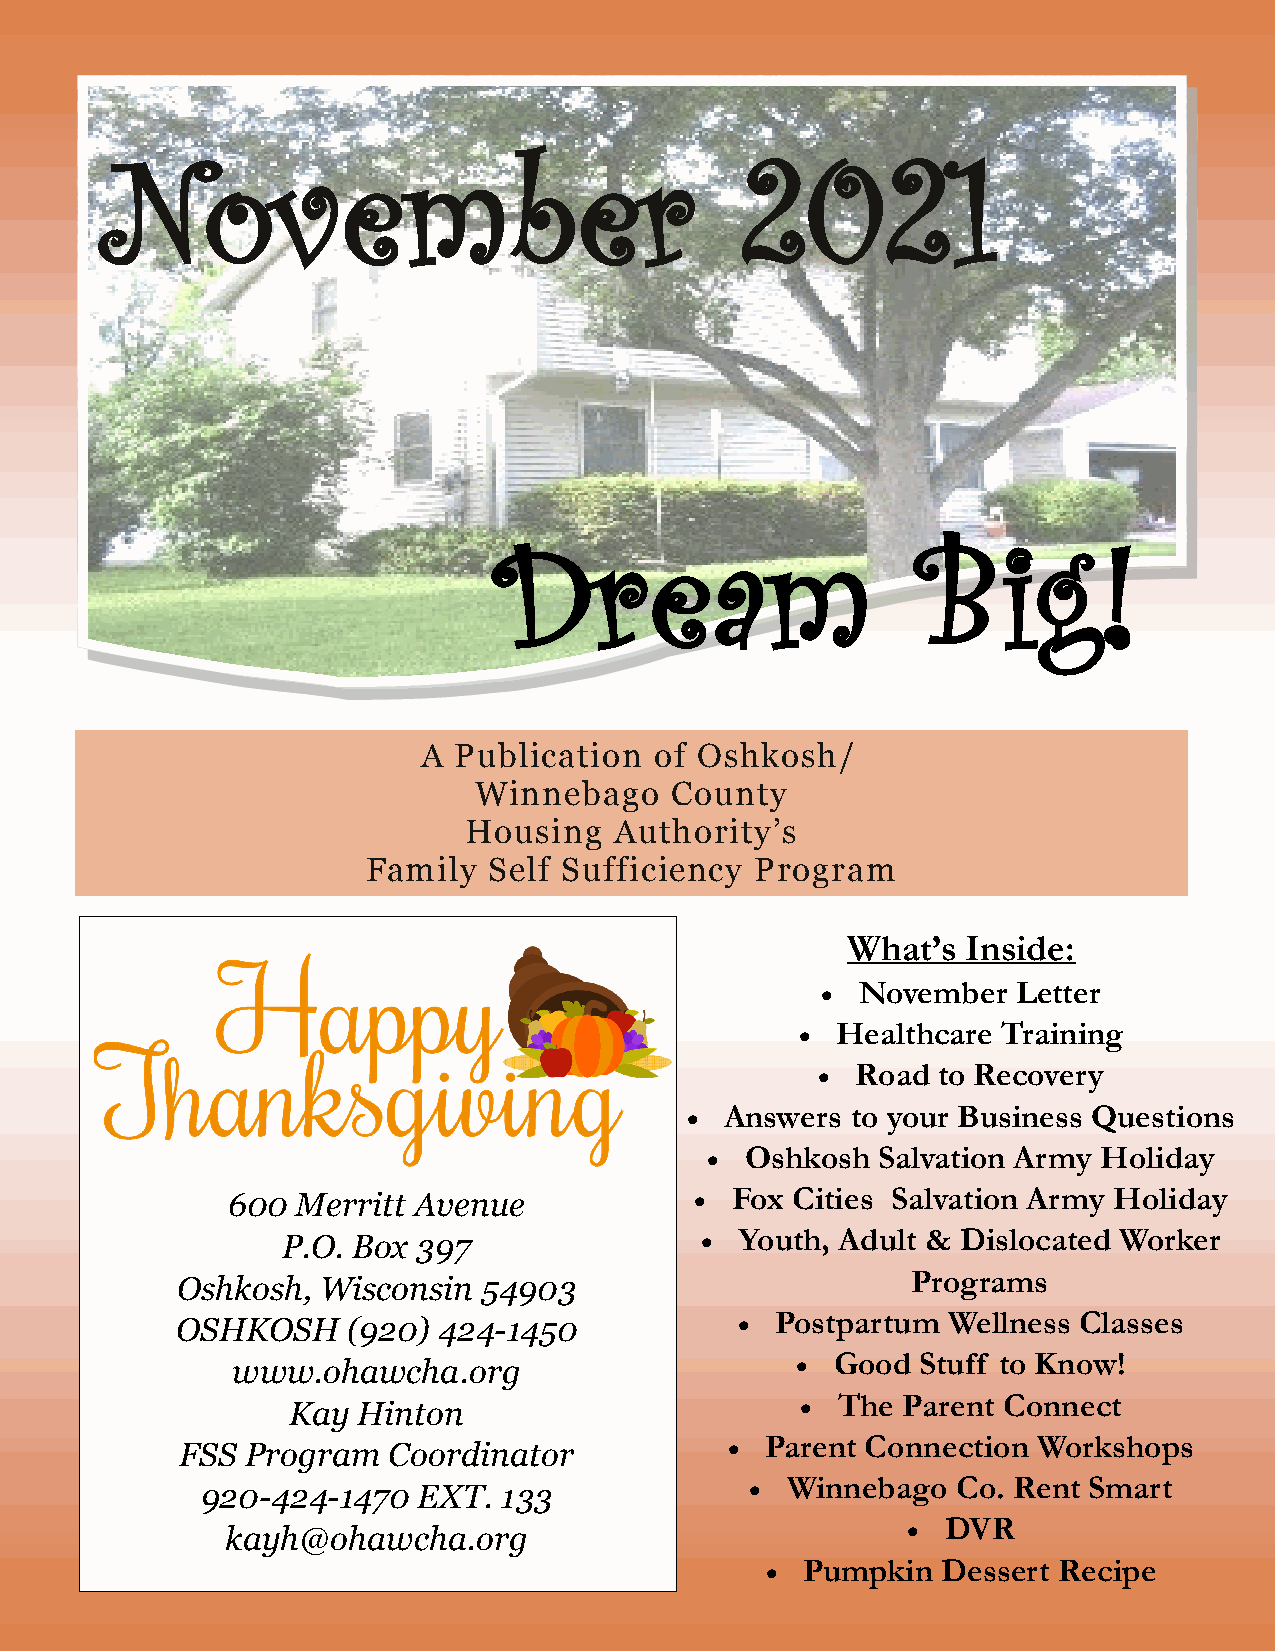
November                                  2021
 Dream                       Big!
 A Publication  of Oshkosh/
 Winnebago    County
 Housing   Authority’s
 Family  Self Sufficiency  Program
 What’s  Inside:
   November  Letter
  Healthcare Training
   Road to Recovery
   Answers to your Business Questions
  Oshkosh  Salvation Army Holiday
 600  Merritt Avenue             Fox  Cities Salvation Army Holiday
 P.O. Box 397                 Youth, Adult & Dislocated Worker
 Programs
 Oshkosh, Wisconsin  54903
 OSHKOSH    (920) 424-1450             Postpartum  Wellness Classes
 www.ohawcha.org                        Good  Stuff to Know!
 Kay  Hinton                        The  Parent Connect
 FSS Program   Coordinator             Parent Connection Workshops
 920-424-1470   EXT. 133               Winnebago  Co. Rent Smart
 kayh@ohawcha.org                               DVR
 1         Pumpkin  Dessert Recipe